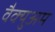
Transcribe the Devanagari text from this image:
वैक्युअम